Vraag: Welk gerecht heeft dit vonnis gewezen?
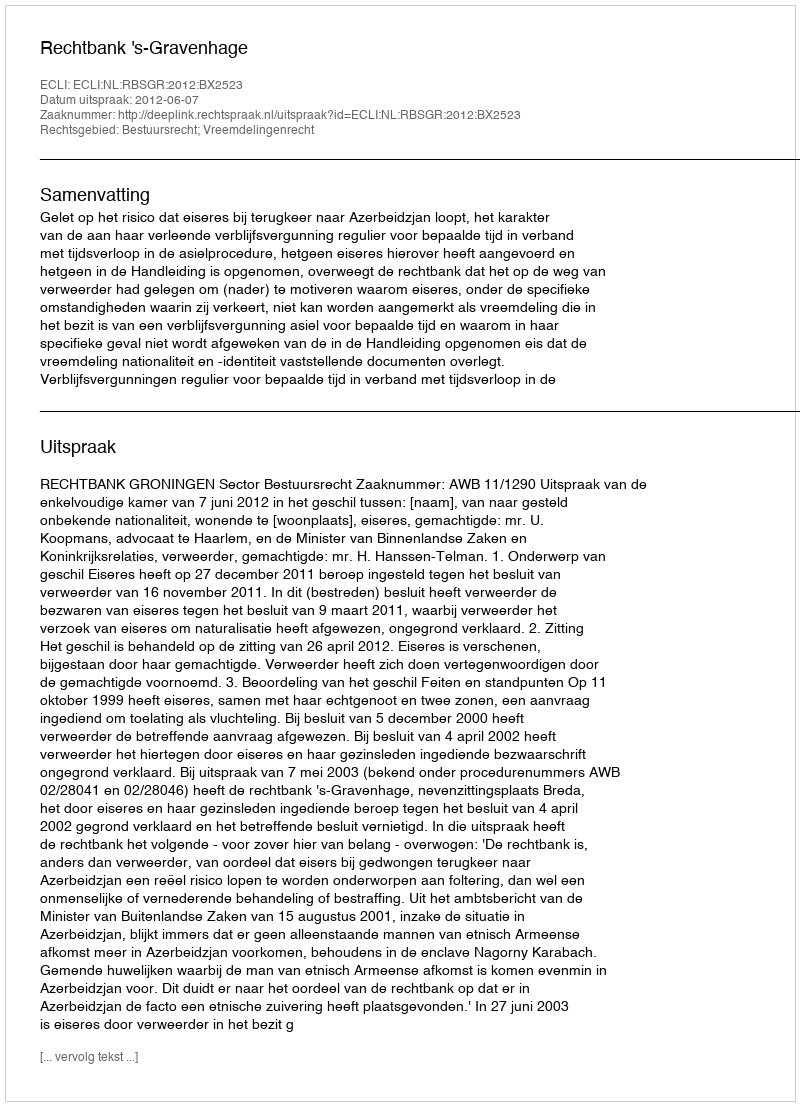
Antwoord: Rechtbank 's-Gravenhage